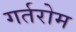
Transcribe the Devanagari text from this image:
गर्तरोम